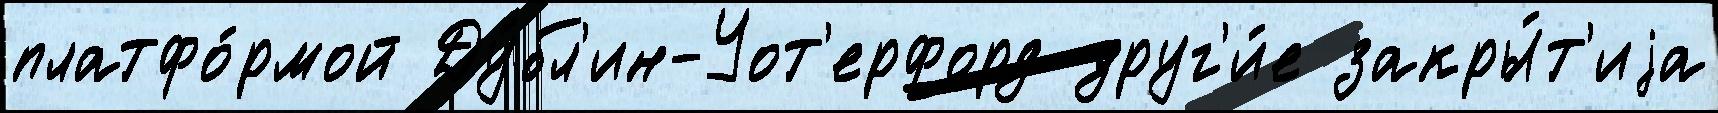
платфо́рмой Ду́бл'ин-Уот'ерфорд друг'и́е закры́т'иjа